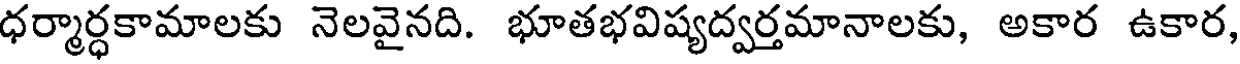
ధర్మార్ధకామాలకు నెలవైనది. భూతభవిష్యద్వర్తమానాలకు, అకార ఉకార,